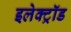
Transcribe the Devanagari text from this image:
इलेक्ट्रॉड